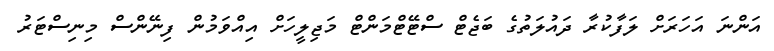
އަންނަ އަހަރަށް ލަފާކުރާ ދައުލަތުގެ ބަޖެޓް ސްޓޭޓްމަންޓް މަޖިލީހަށް އިއްވަމުން ފިނޭންސް މިނިސްޓަރު